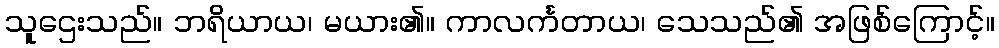
သူဌေးသည်။ ဘရိယာယ၊ မယား၏။ ကာလင်္ကတာယ၊ သေသည်၏ အဖြစ်ကြောင့်။